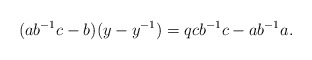
\begin{align*}(ab^{-1}c - b)(y-y^{-1}) = qcb^{-1}c - ab^{-1}a.\end{align*}